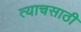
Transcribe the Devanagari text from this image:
त्याचसाठी